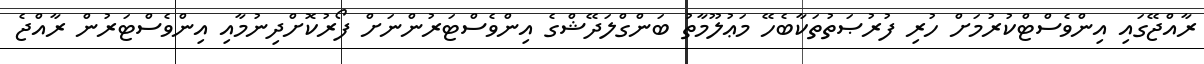
ރާއްޖޭގައި އިންވެސްޓްކުރުމަށް ހުރި ފުރުޞަތުތަކާބެހޭ މަޢުލޫމާތު ބަންގްލަދޭޝްގެ އިންވެސްޓަރުންނަށް ފޯރުކޮށްދިނުމާއި އިންވެސްޓަރުން ރާއްޖެ